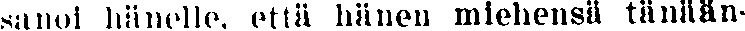
sanoi hänelle, että hänen miehensä tänään-